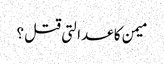
میمن کا عدالتی قتل ؟